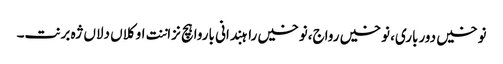
نوخیں دورباری، نوخیں رواج،نوخیں راہبندانی باروا ہچ نزاننت او کلاں دلاں ژہ برنت۔